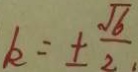
k = \pm \frac { \sqrt { 6 } } { 2 }